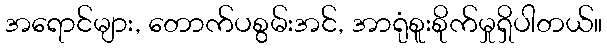
အရောင်များ, တောက်ပစွမ်းအင်, အာရုံစူးစိုက်မှုရှိပါတယ်။